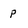
Character: p